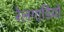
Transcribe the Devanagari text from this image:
रेलगाडि़यों